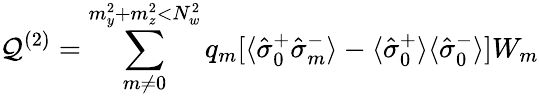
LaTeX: {\cal Q}^{(2)}=\sum_{m\neq 0}^{m_{y}^{2}+m_{z}^{2}<N_{w}^{2}}q_{m}[\langle\hat{\sigma}_{0}^{+}\hat{\sigma}_{m}^{-}\rangle-\langle\hat{\sigma}_{0}^{+}\rangle\langle\hat{\sigma}_{0}^{-}\rangle]W_{m}